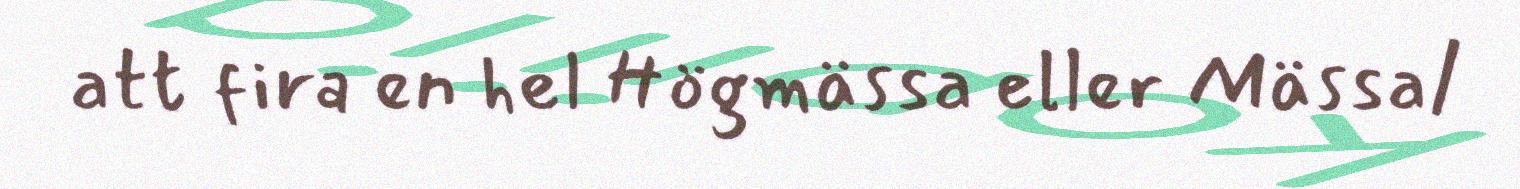
att fira en hel Högmässa eller Mässa/